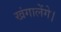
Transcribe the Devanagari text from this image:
खंगालेंगे।